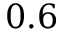
0 . 6